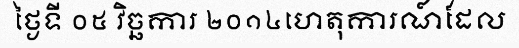
ថ្ងៃទី ០៥ វិច្ឆការ ២០១៤ហេតុការណ៍ដែល